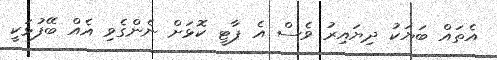
އެތައް ބަޔަކު ދިޔައިރު ވެސް އެ ޕާޓީ ކޮޅަށް ނެންގެވި އެއް ބޭފުޅަކީ